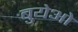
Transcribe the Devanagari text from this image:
बुयेओ